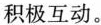
积极互动。